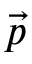
\vec { p }